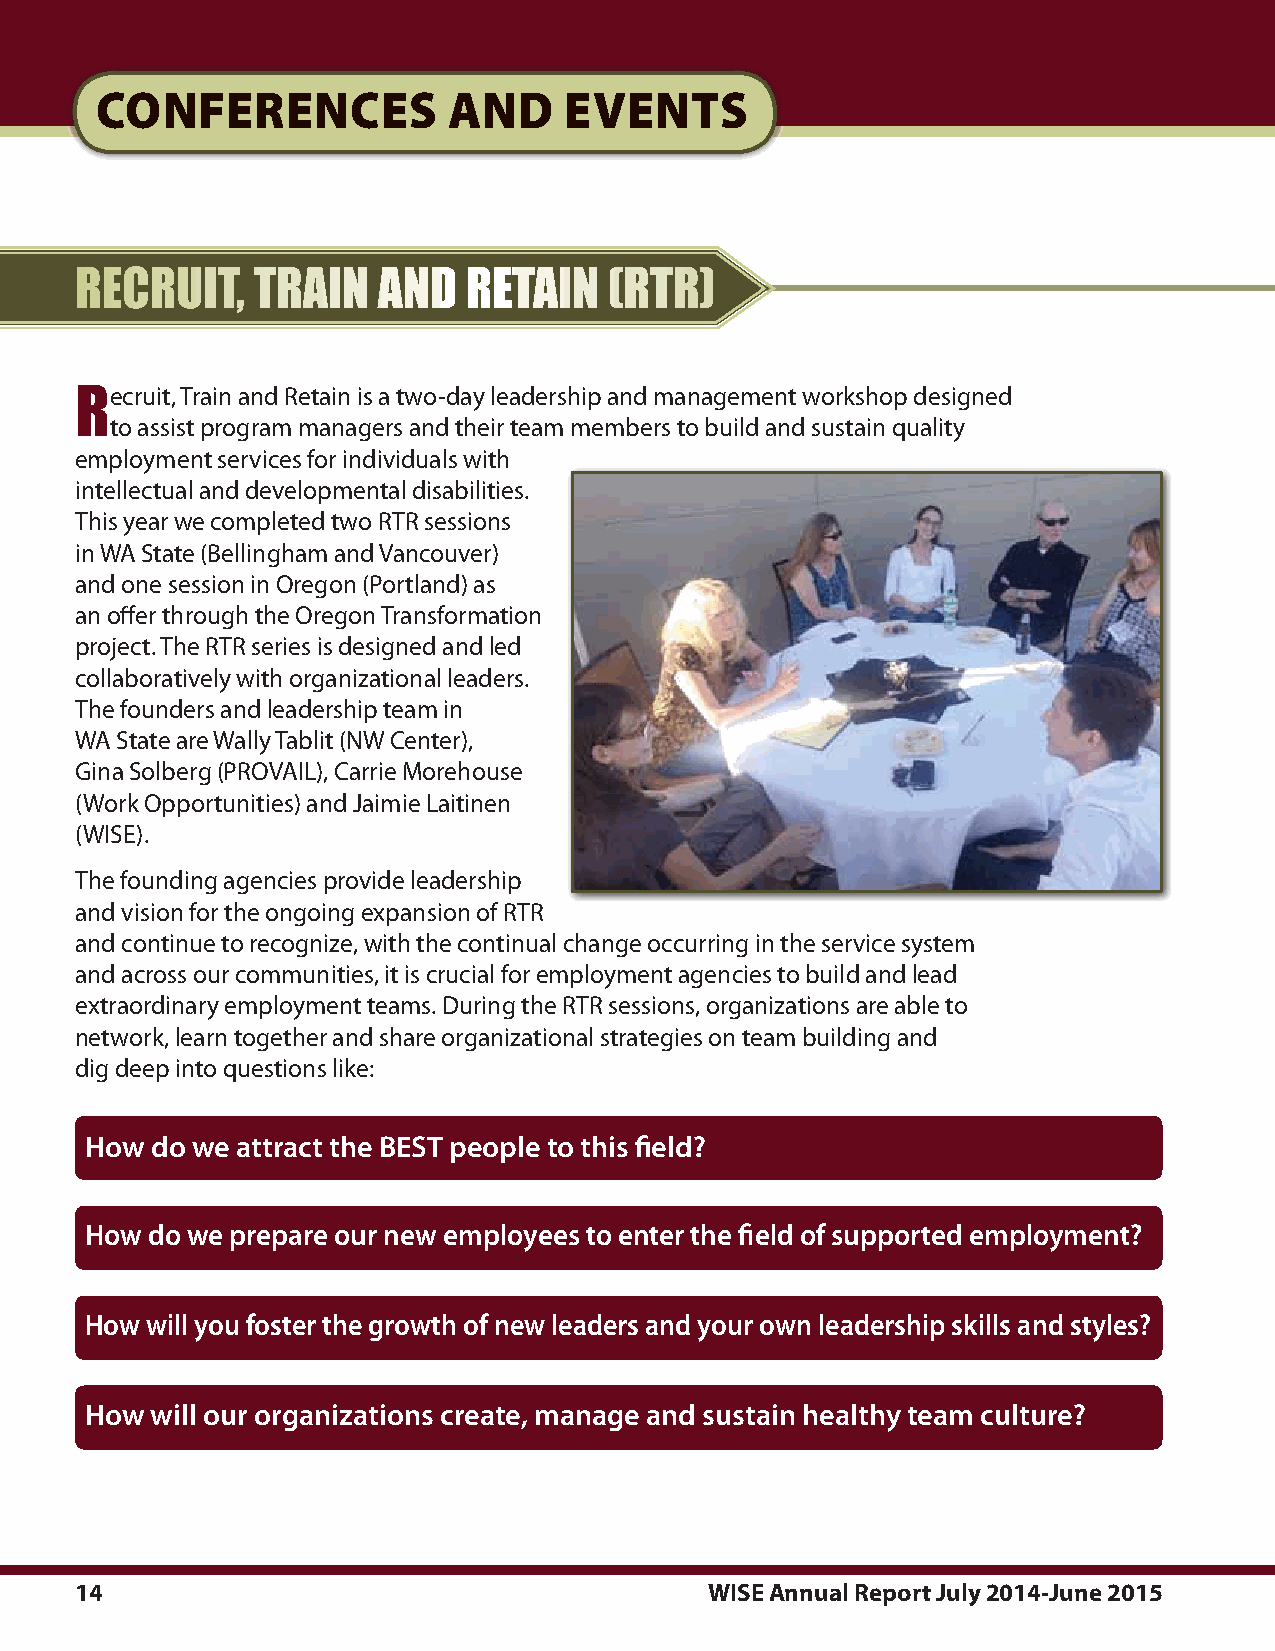
cOnFerences             and    events
 recruit,    trAin   And   retAin   (rtr)
 re cruit,.Train.and.Retain.is.a.two-day.leadership.and.management.workshop.designed
 to.assist.program.managers.and.their.team.members.to.build.and.sustain.quality.
 employment.services.for.individuals.with.
 intellectual.and.developmental.disabilities..
 This.year.we.completed.two.RTR.sessions.
 in.WA.State.(Bellingham.and.Vancouver).
 and.one.session.in.Oregon.(Portland).as.
 an.offer.through.the.Oregon.Transformation.
 project..The.RTR.series.is.designed.and.led.
 collaboratively.with.organizational.leaders..
 The.founders.and.leadership.team.in.
 WA.State.are.Wally.Tablit.(NW.Center),.
 Gina.Solberg.(PROVAIL),.Carrie.Morehouse.
 (Work.Opportunities).and.Jaimie.Laitinen.
 (WISE)..
 The.founding.agencies.provide.leadership.
 and.vision.for.the.ongoing.expansion.of.RTR.
 and.continue.to.recognize,.with.the.continual.change.occurring.in.the.service.system.
 and.across.our.communities,.it.is.crucial.for.employment.agencies.to.build.and.lead.
 extraordinary.employment.teams..During.the.RTR.sessions,.organizations.are.able.to.
 network,.learn.together.and.share.organizational.strategies.on.team.building.and.
 dig.deep.into.questions.like:.
 How do we attract the BEST people to this field?
 How do we prepare our new employees to enter the field of supported employment?
 How will you foster the growth of new leaders and your own leadership skills and styles?
 How will our organizations create, manage and sustain healthy team culture?
 14                                        WISE Annual Report July 2014-June 2015